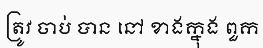
ត្រូវ ចាប់ បាន នៅ ខាងក្នុង ពួក